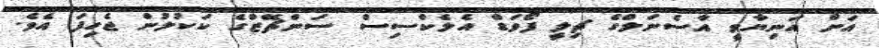
އަށް އަނިޔާވީ އާސެނަލްގެ ޗިލީ ފޯވަޑް އެލެކްސިސް ސަންޗޭޒްގެ ކަކުލުން ޖެހިފަ އެވެ.